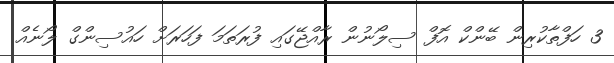
3 ހަފްތާކުރިން ބޭންކް އޮފް ސިލޯނުން ރާއްޖޭގައި ފުރަތަމަ ފަހަރަށް ހައުސިންގް ލޯނެއް